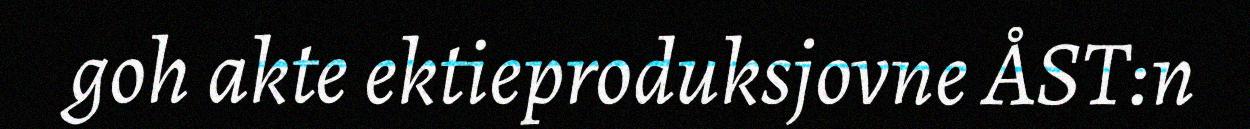
goh akte ektieproduksjovne ÅST:n